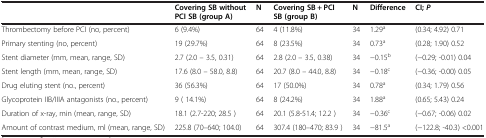
<table><thead><tr><td><b> </b></td><td><b>Covering SB without PCI SB (group A)</b></td><td><b>N</b></td><td><b>Covering SB + PCI SB (group B)</b></td><td><b>N</b></td><td><b>Difference</b></td><td><b>CI; <i>P</i></b></td></tr></thead><tbody><tr><td>Thrombectomy before PCI (no, percent)</td><td>6 (9.4%)</td><td>64</td><td>4 (11.8%)</td><td>34</td><td>1.29<sup>a</sup></td><td>(0.34; 4.92) 0.71</td></tr><tr><td>Primary stenting (no, percent)</td><td>19 (29.7%)</td><td>64</td><td>8 (23.5%)</td><td>34</td><td>0.73<sup>a</sup></td><td>(0.28; 1.90) 0.52</td></tr><tr><td>Stent diameter (mm, mean, range, SD)</td><td>2.7 (2.0 – 3.5, 0.31)</td><td>64</td><td>2.8 (2.0 – 3.5, 0.38)</td><td>34</td><td>−0.15<sup>b</sup></td><td>(−0.29; -0.01) 0.04</td></tr><tr><td>Stent length (mm, mean, range, SD)</td><td>17.6 (8.0 – 58.0, 8.8)</td><td>64</td><td>20.7 (8.0 – 44.0, 8.8)</td><td>34</td><td>−0.18<sup>c</sup></td><td>(−0.36; -0.00) 0.05</td></tr><tr><td>Drug eluting stent (no., percent)</td><td>36 (56.3%)</td><td>64</td><td>17 (50.0%)</td><td>34</td><td>0.78<sup>a</sup></td><td>(0.34; 1.79) 0.56</td></tr><tr><td>Glycoprotein IIB/IIIA antagonists (no., percent)</td><td>9 ( 14.1%)</td><td>64</td><td>8 (24.2%)</td><td>34</td><td>1.88<sup>a</sup></td><td>(0.65; 5.43) 0.24</td></tr><tr><td>Duration of x-ray, min (mean, range, SD)</td><td>18.1 (2.7-220; 28.5 )</td><td>64</td><td>20.1 (5.8-51.4; 12.2 )</td><td>34</td><td>−0.36<sup>c</sup></td><td>(−0.67; -0.06) 0.02</td></tr><tr><td>Amount of contrast medium, ml (mean, range, SD)</td><td>225.8 (70–640; 104.0)</td><td>64</td><td>307.4 (180–470; 83.9 )</td><td>34</td><td>−81.5<sup>a</sup></td><td>(−122.8; -40.3) &lt;0.001</td></tr></tbody></table>